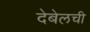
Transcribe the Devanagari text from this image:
देबेलची